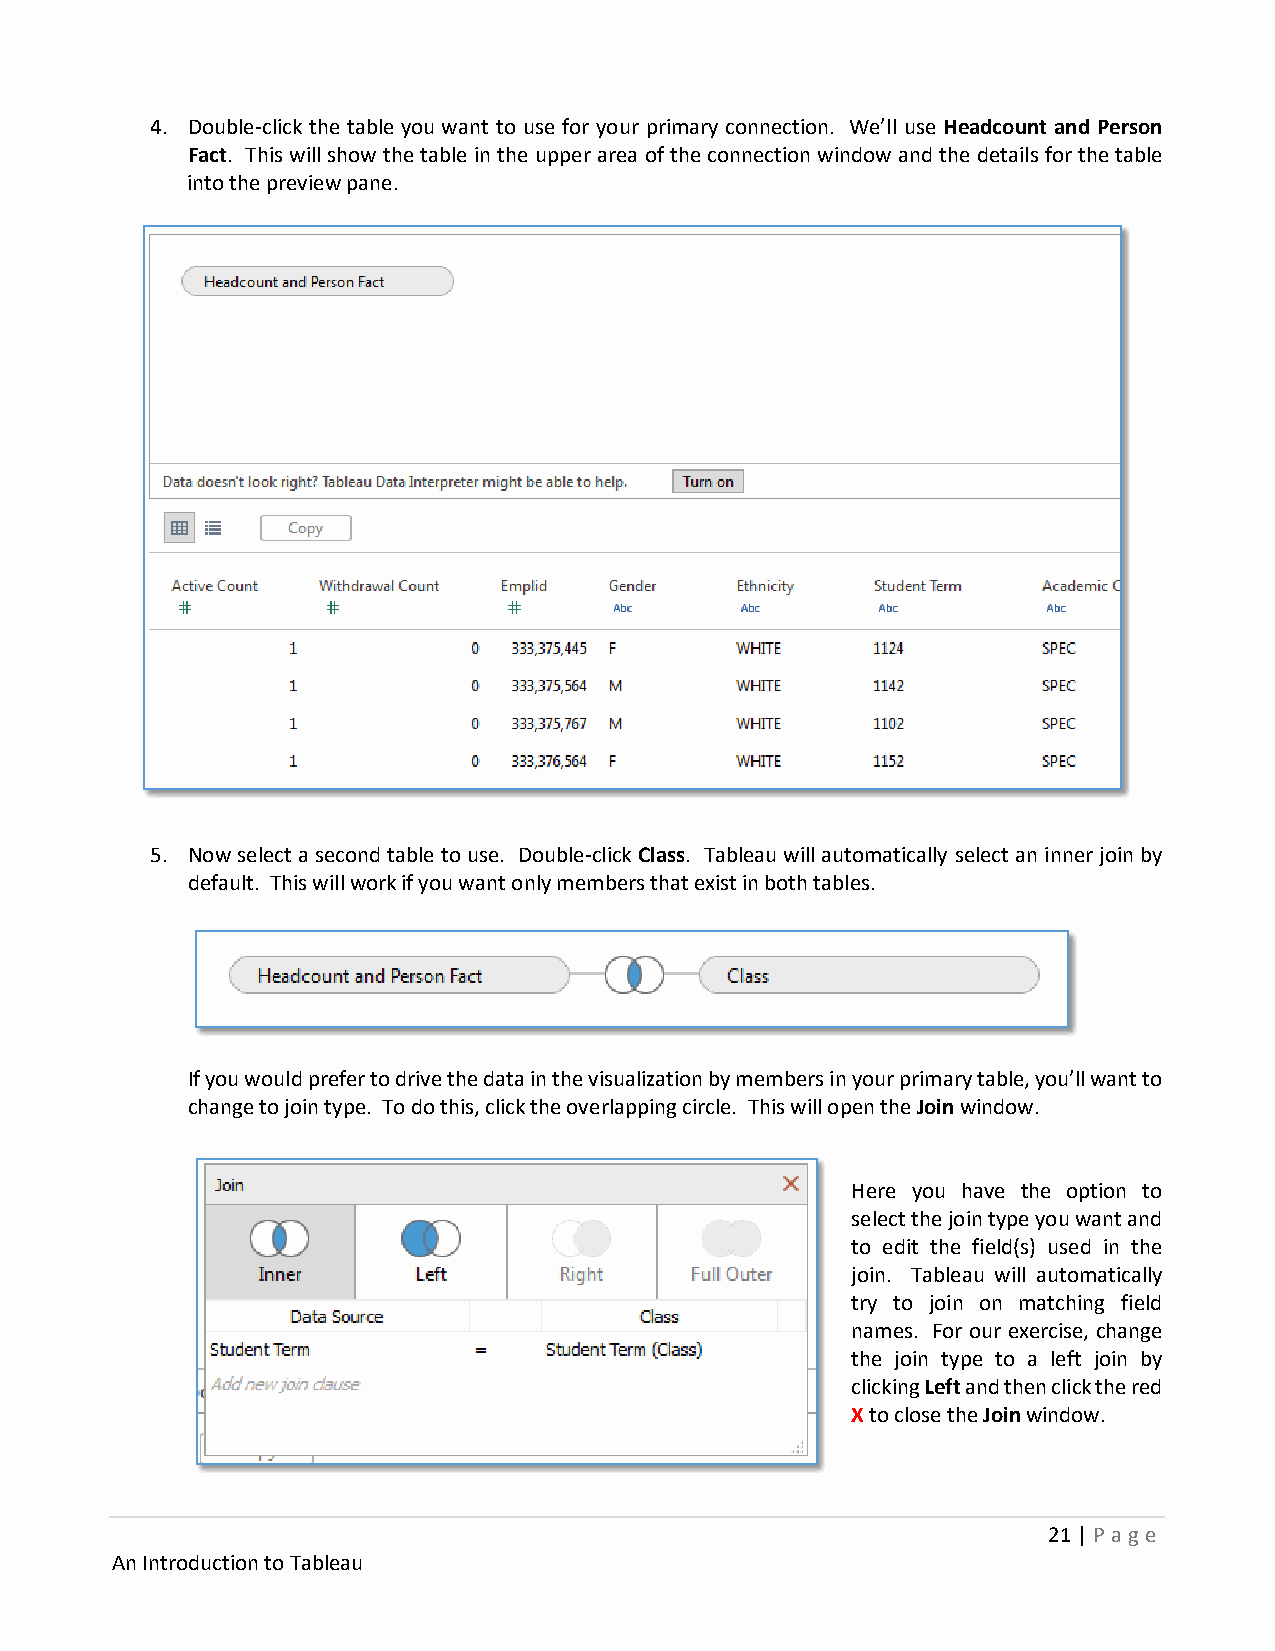
4. Double-click the table you want to use for your primary connection. We’ll use Headcount and Person
 Fact. This will show the table in the upper area of the connection window and the details for the table
 into the preview pane.
 5. Now select a second table to use. Double-click Class. Tableau will automatically select an inner join by
 default. This will work if you want only members that exist in both tables.
 If you would prefer to drive the data in the visualization by members in your primary table, you’ll want to
 change to join type. To do this, click the overlapping circle. This will open the Join window.
 Here you have the option to
 select the join type you want and
 to edit the field(s) used in the
 join. Tableau will automatically
 try to join on matching field
 names. For our exercise, change
 the join type to a left join by
 clicking Left and then click the red
 X to close the Join window.
 21 | P age
 An Introduction to Tableau